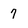
Character: 7